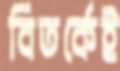
বিতর্কেই